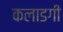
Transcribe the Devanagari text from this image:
कलाडगी